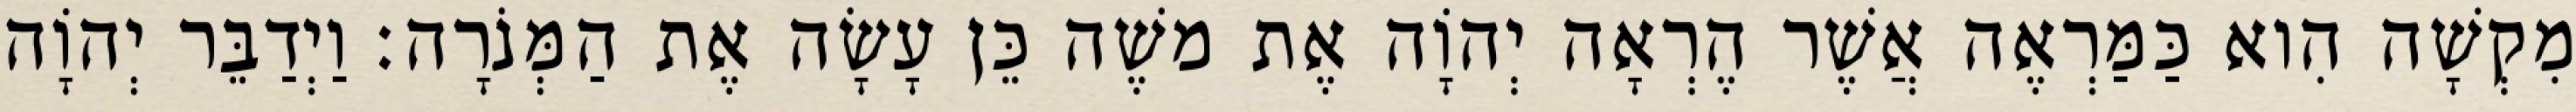
מִקְשָׁה הִוא כַּמַּרְאֶה אֲשֶׁר הֶרְאָה יְהוָֹה אֶת משֶׁה כֵּן עָשָׂה אֶת הַמְּנֹרָה׃ וַיְדַבֵּר יְהוָֹה